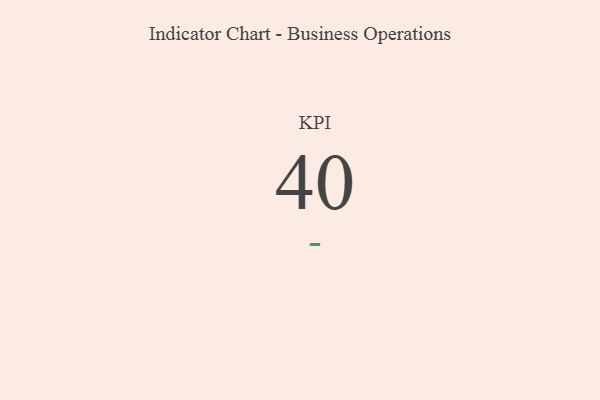
{"axis": {"x": "KPI", "y": "Value"}, "legend": [""], "data": [{"x": "KPI", "y": 40, "type": ""}]}